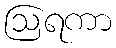
ဩရကာ